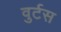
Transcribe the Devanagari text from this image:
वुर्टस